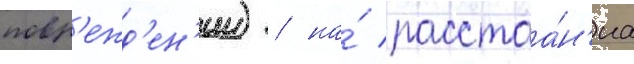
повр'ежд'ен'ии) / на́ расстоа́н'иа